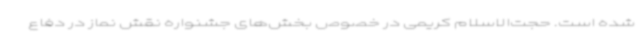
شده است. حجت‌الاسلام کریمی در خصوص بخش‌های جشنواره نقش نماز در دفاع